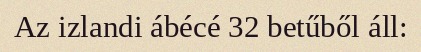
Az izlandi ábécé 32 betűből áll: